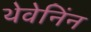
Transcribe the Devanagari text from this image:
थेवेनिंन